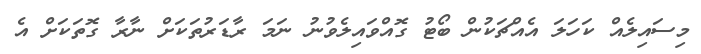
މިސައިލެއް ކަހަލަ އެއްޗަކުން ބޯޓު ގޮއްވައިލެވުނު ނަމަ ރާޑަރުތަކަށް ނާރާ ގޮތަކަށް އެ